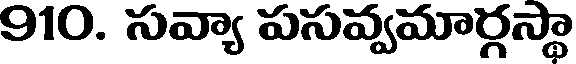
910. సవ్యా పసవ్వమార్గస్థా